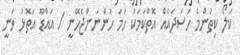
ކަލޯ ކިތަންމެ ހަސަދައެއް އޮތްކަމަކު ހަމަ ހުންނަންޖެހޭނީ / އައްޑޫ އަތޮޅު ވަނީ